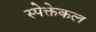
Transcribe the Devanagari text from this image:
स्पेक्तेकल